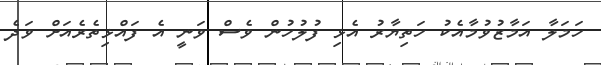
ހަމަލާ އަމާޒުވުމާއެކު ހަތިޔާރު އެޅި ފުލުހުން ވެސް ވަނީ އެ ފައްޅިތެރެއަށް ވަދެ